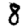
Digit: 8